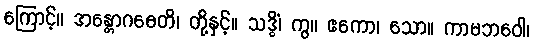
ကြောင့်။ အန္တောဂဓေတိ၊ တို့နှင့်။ သဒ္ဓိံ၊ ကွ။ ဧကော၊ သော။ ကာမဘဝေါ၊